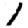
Digit: 1